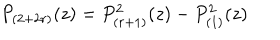
LaTeX: P _ { ( 2 + 2 r ) } ( z ) = P _ { ( r + 1 ) } ^ { 2 } ( z ) - P _ { ( 1 ) } ^ { 2 } ( z )